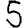
Digit: 5